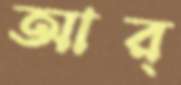
আর্